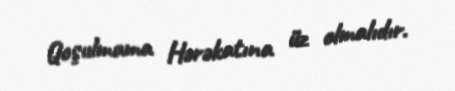
Qoşulmama Hərəkatına üz olmalıdır.